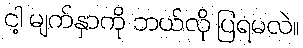
ငါ့ မျက်နှာကို ဘယ်လို ပြရမလဲ။